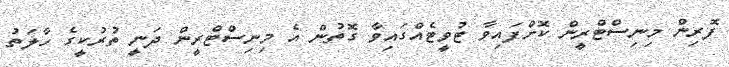
ފޮރިން މިނިސްޓްރީން ކޮށްފައިވާ ޓުވީޓެއްގައިވާ ގޮތުން އެ މިނިސްޓްރީން ދަނީ ތުރުކީގެ ހާލަތު